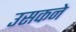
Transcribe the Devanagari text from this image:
उसकने